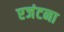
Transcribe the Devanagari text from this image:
एजंटना